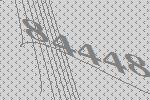
84448